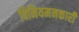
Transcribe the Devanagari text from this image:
विनियमनकारी